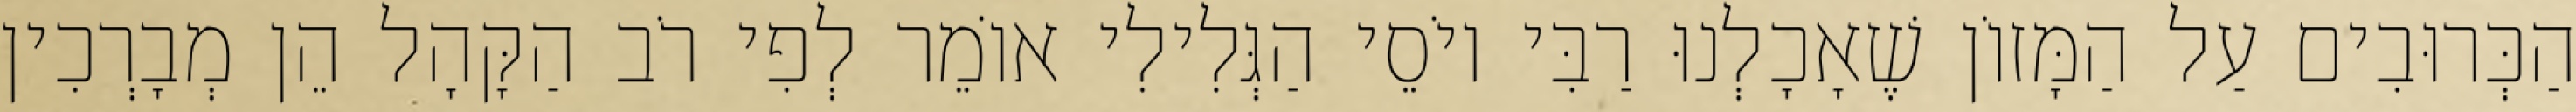
הַכְּרוּבִים עַל הַמָּזוֹן שֶׁאָכָלְנוּ רַבִּי יוֹסֵי הַגְּלִילִי אוֹמֵר לְפִי רֹב הַקָּהָל הֵן מְבָרְכִין